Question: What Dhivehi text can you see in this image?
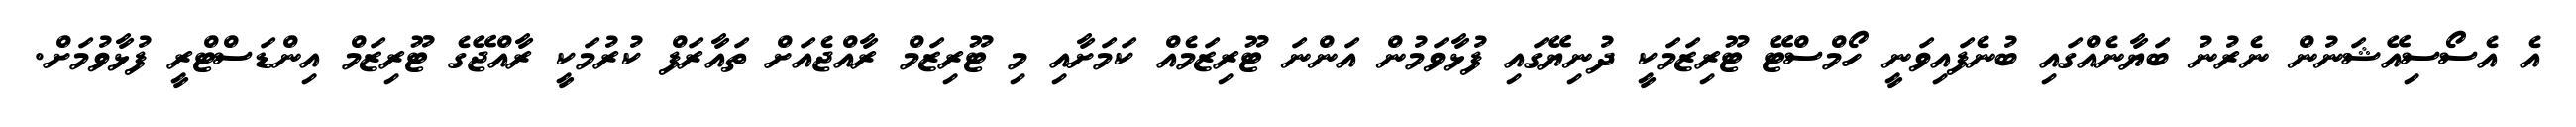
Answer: އެ އެސޯސިއޭޝަނުން ނެރުނު ބަޔާނެއްގައި ބުނެފައިވަނީ ހޯމްސްޓޭ ޓޫރިޒަމަކީ ދުނިޔޭގައި ފުޅާވަމުން އަންނަ ޓޫރިޒަމެއް ކަމަށާއި މި ޓޫރިޒަމް ރާއްޖެއަށް ތައާރަފް ކުރުމަކީ ރާއްޖޭގެ ޓޫރިޒަމް އިންޑަސްޓްރީ ފުޅާވުމަށް.